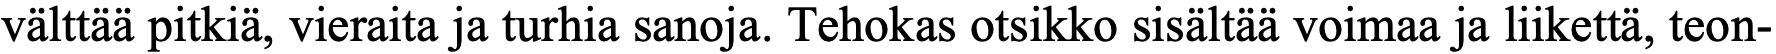
välttää pitkiä, vieraita ja turhia sanoja. Tehokas otsikko sisältää voimaa ja liikettä, teon-